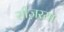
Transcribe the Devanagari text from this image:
सीज़रया